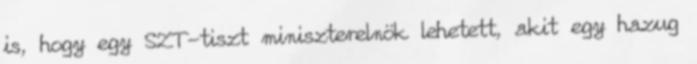
is, hogy egy SZT-tiszt miniszterelnök lehetett, akit egy hazug